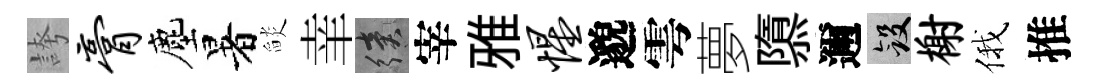
誇膏塵暑𦦨𦍒續宰雅惺邈雩夢隳邇斂榭俄推